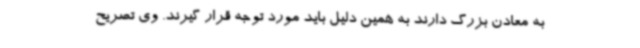
به معادن بزرگ دارند به همین دلیل باید مورد توجه قرار گیرند. وی تصریح